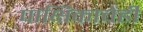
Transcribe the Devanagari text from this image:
पाक्षिकाचेही